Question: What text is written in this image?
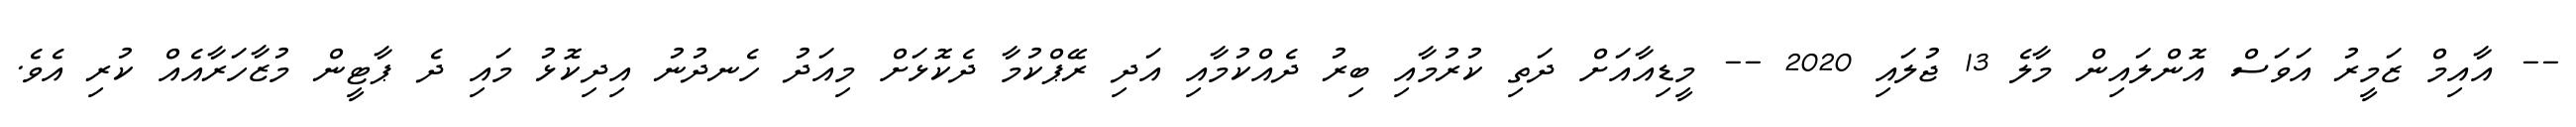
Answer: -- އާއިމް ޒަމީރު އަވަސް އޮންލައިން މާލެ 13 ޖުލައި 2020 -- މީޑިއާއަށް ދަތި ކުރުމާއި ބިރު ދެއްކުމާއި އަދި ރޭޕްކުމާ ދެކޮޅަށް މިއަދު ހެނދުނު އިދިކޮޅު މައި ދެ ޕާޓީން މުޒާހަރާއެއް ކުރި އެވެ.